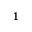
^ 1